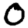
Digit: 0